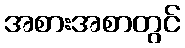
အစားအစာတွင်